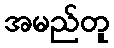
အမည်တူ